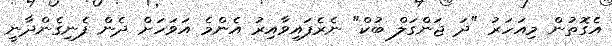
އެގޮތުން މިއަހަރު "ދަ ޖަންގަލް ބުކް" ނެރެފައިވާއިރު އެންމެ އަވަހަށް ދެން ފެނިގެންދާނީ